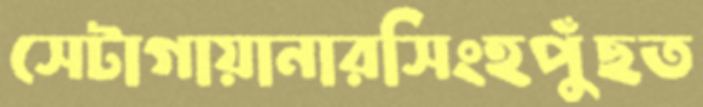
সেটাগায়ানারসিংহপুঁছত